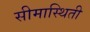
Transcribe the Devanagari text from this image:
सीमास्थिती